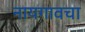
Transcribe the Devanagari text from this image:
नायगावचा